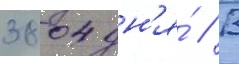
3804 дн'я́ // В